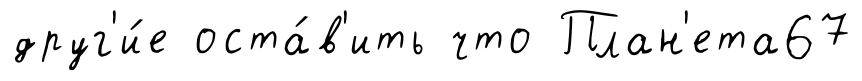
друг'и́е оста́в'ить что План'ета67